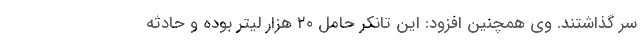
سر گذاشتند. وی همچنین افزود: این تانکر حامل ۲۰ هزار لیتر بوده و حادثه